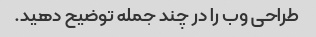
طراحی وب را در چند جمله توضیح دهید.